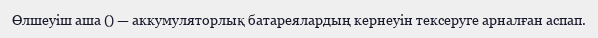
Өлшеуіш аша () — аккумуляторлық батареялардың кернеуін тексеруге арналған аспап.